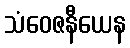
သံဝေဇနီယေန